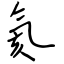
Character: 氦